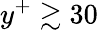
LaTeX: y^{+}\gtrsim 30